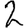
Digit: 2